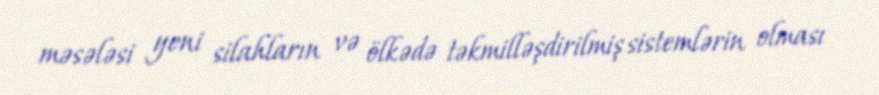
məsələsi yeni silahların və ölkədə təkmilləşdirilmiş sistemlərin olması